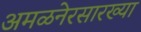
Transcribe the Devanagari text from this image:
अमळनेरसारख्या